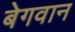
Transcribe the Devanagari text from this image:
बेगवान